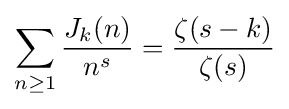
\sum _{n\geq 1}{\frac {J_{k}(n)}{n^{s}}}={\frac {\zeta (s-k)}{\zeta (s)}}